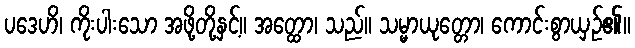
ပဒေဟိ၊ ကိုးပါးသော အဖို့တို့နှင့်။ အတ္ထော၊ သည်။ သမ္မာယုတ္တော၊ ကောင်းစွာယှဉ်၏။